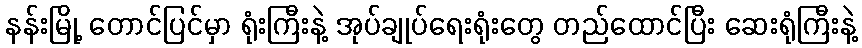
နန်းမြို့ တောင်ပြင်မှာ ရုံးကြီးနဲ့ အုပ်ချုပ်ရေးရုံးတွေ တည်ထောင်ပြီး ဆေးရုံကြီးနဲ့